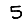
Digit: 5